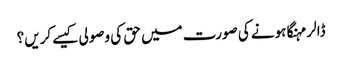
ڈالر مہنگا ہونے کی صورت میں حق کی وصولی کیسے کریں؟